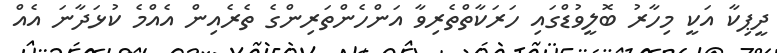
ދީޕިކާ އަކީ މިހާރު ބޮލީވުޑްގައި ހަރަކާތްތެރިވާ އަންހެންތަރިންގެ ތެރެއިން އެއްމެ ކުޅަދާނަ އެއް